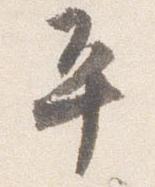
平